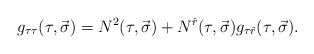
LaTeX: \begin{align*}g_{\tau\tau}(\tau,\vec{\sigma})=N^2(\tau,\vec{\sigma})+N^{\check{r}}(\tau,\vec{\sigma}) g_{\tau\check{r}}(\tau,\vec{\sigma}). \end{align*}